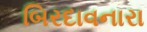
બિરદાવનારા